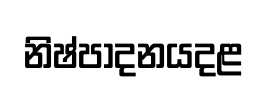
නිෂ්පාදනයදළ